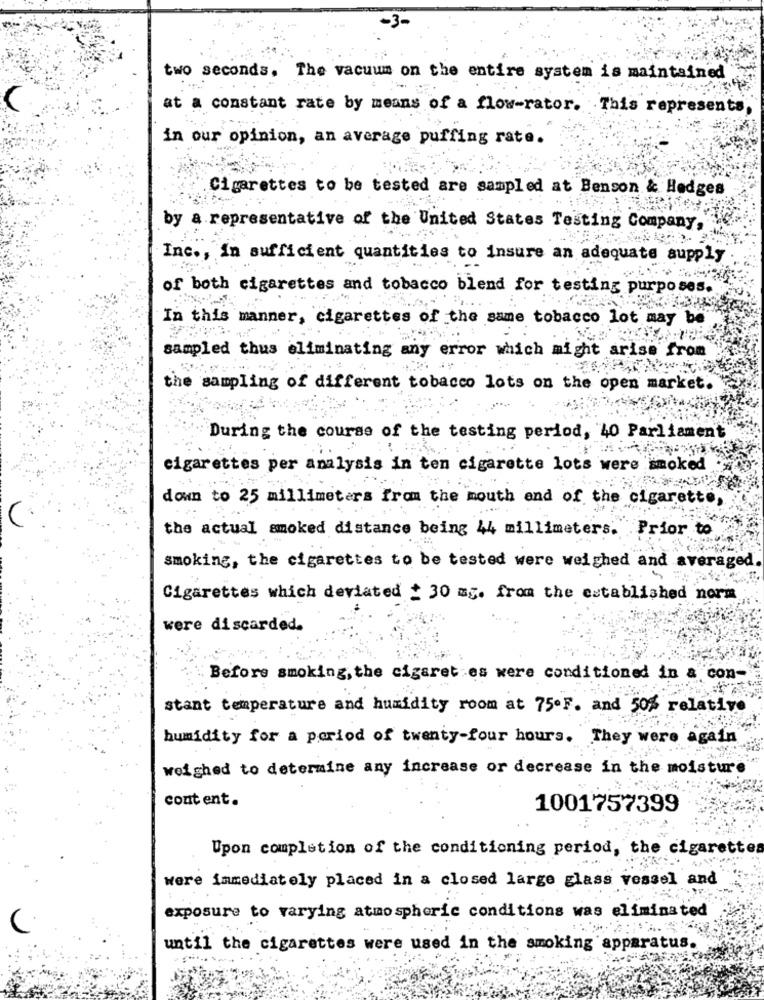
two seconds. The vacuum on the entire system is maintained
at a constant rate by means of a flow-rator. This represents
in our opinion, an average puffing rate.
Cigarettes to be tested are sampled at Benson & Hedges
by a representative of the United States Testing Company,
Inc ., In sufficient quantities to insure an adequate supply
of both cigarettes and tobacco blend for testing purposes.
In this manner, cigarettes of the same tobacco lot may be
sampled thus eliminating any error which might arise from
he
sampling of different tobacco lots on the open market.
During the course of the testing period, 40 Parliament
cigarettes per analysis in ten cigarette lots were smoked
down to 25 millimeters from the mouth and of the cigarette,
the actual smoked distance being 44 millimeters. Prior to
smoking, the cigarettes to be tested were weighed and averaged.
Cigarettes which deviated + 30 mg. from the established norm
were discarded.
Before smoking, the cigaret es were conditioned in a con-
stant temperature and humidity room at 75.F. and 50% relative
humidity for a period of twenty-four hours. They were again
weighed to determine any increase or decrease in the moisture
content.
1001757399
Upon completion of the conditioning period, the cigarettes
were immediately placed in a closed large glass vessel and
exposure to varying atmospheric conditions was eliminated
until the cigarettes were used in the smoking apparatus.